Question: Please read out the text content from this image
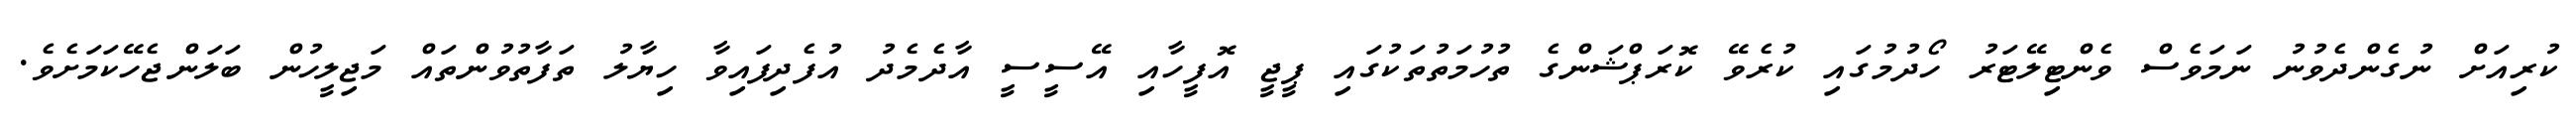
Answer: ކުރިއަށް ނުގެންދެވުނު ނަމަވެސް ވެންޓިލޭޓަރު ހޯދުމުގައި ކުރެވޭ ކޮރަޕްޝަންގެ ތުހުމަތުތަކުގައި ޕީޖީ އޮފީހާއި އޭސީސީ އާދެމެދު އުފެދިފައިވާ ހިޔާލު ތަފާތުވުންތައް މަޖިލީހުން ބަލަންޖެހޭކަމަށެވެ.